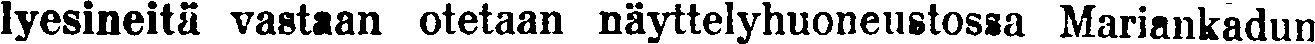
lyesineitä vastaan otetaan näyttelyhuoneustossa Mariankadun